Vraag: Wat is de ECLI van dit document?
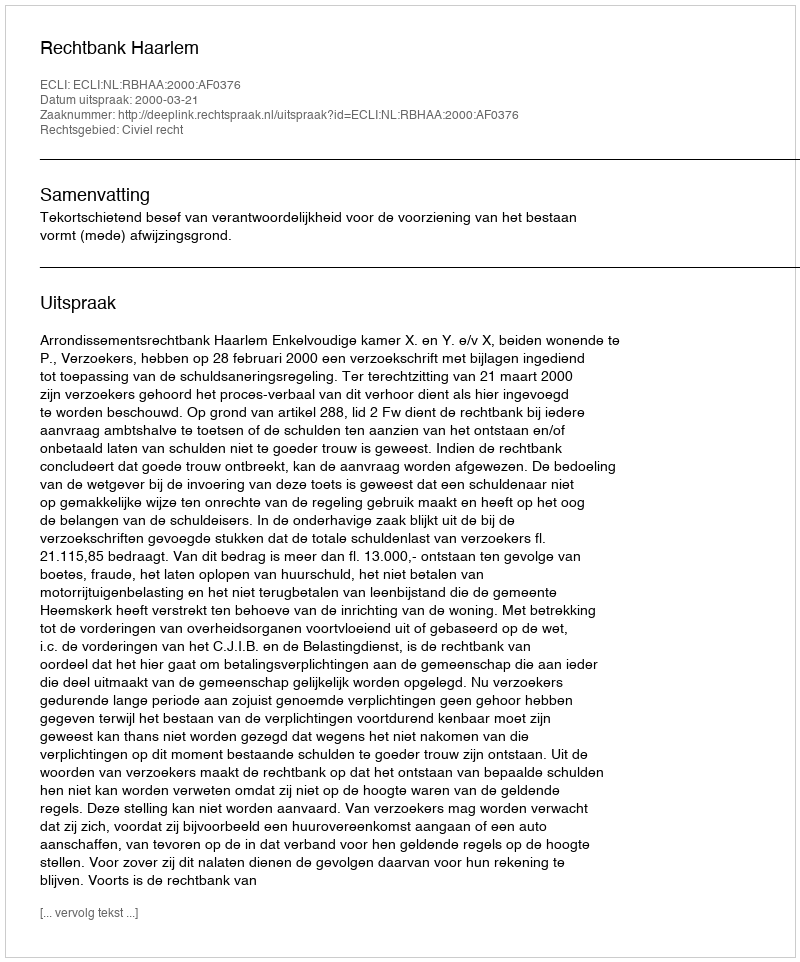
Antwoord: ECLI:NL:RBHAA:2000:AF0376